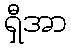
ရှီအာ